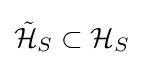
{\mathcal {\tilde {H}}}_{S}\subset {\mathcal {H}}_{S}